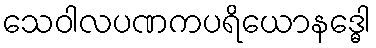
သေဝါလပဏကပရိယောနဒ္ဓေါ